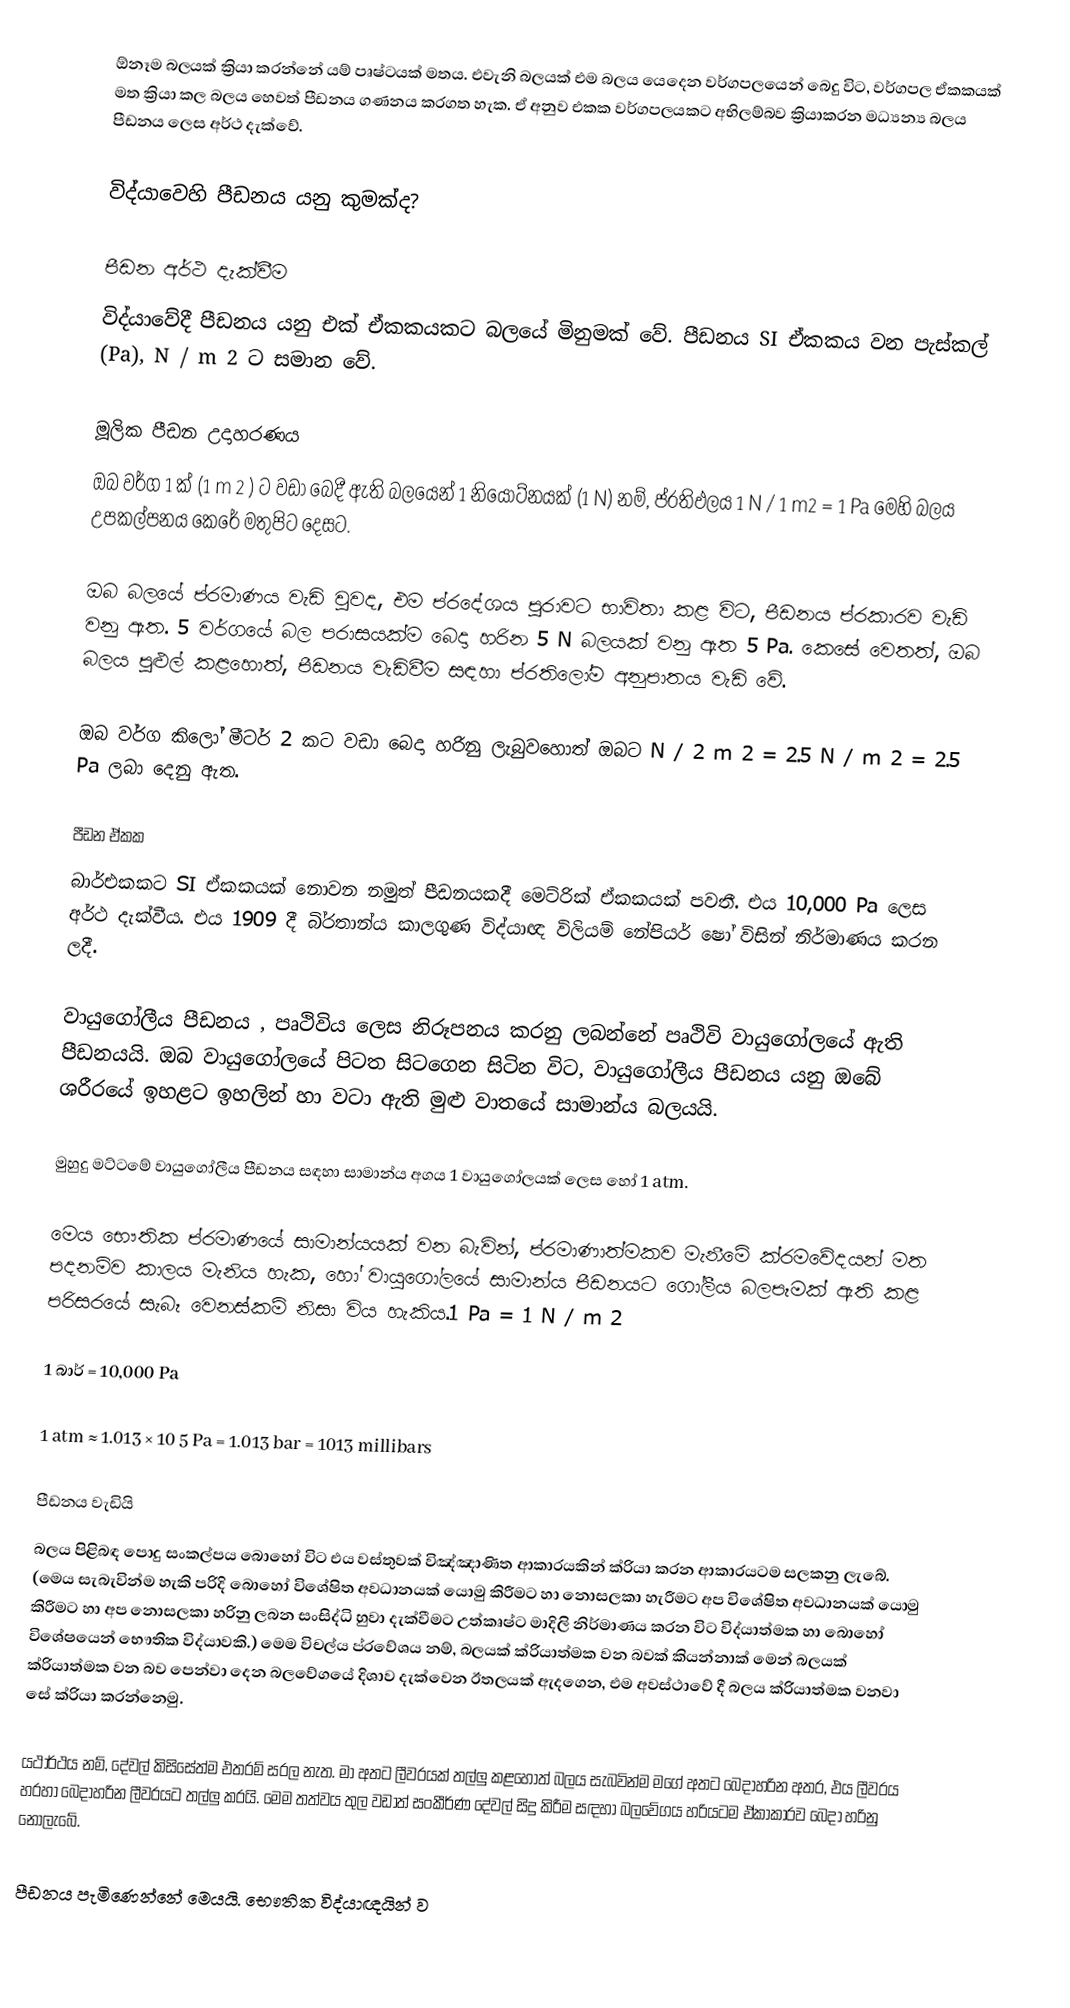
ඕනෑම බලයක් ක්‍රියා කරන්නේ යම් පෘෂ්ටයක් මතය. එවැනි බලයක් එම බලය යෙදෙන වර්ගපලයෙන් බෙදු විට, වර්ගපල ඒකකයක් මත ක්‍රියා කල බලය හෙවත් පීඩනය ගණනය කරගත හැක. ඒ අනුව එකක වර්ගපලයකට අභිලම්බව ක්‍රියාකරන මධ්‍යන්‍ය බලය පීඩනය ලෙස අර්ථ දැක්වේ.

විද්යාවෙහි පීඩනය යනු කුමක්ද?

පීඩන අර්ථ දැක්වීම
විද්යාවේදී පීඩනය යනු එක් ඒකකයකට බලයේ මිනුමක් වේ. පීඩනය SI ඒකකය වන පැස්කල් (Pa), N / m 2 ට සමාන වේ.

මූලික පීඩන උදාහරණය
ඔබ වර්ග 1 ක් (1 m 2 ) ට වඩා බෙදී ඇති බලයෙන් 1 නියොට්නයක් (1 N) නම්, ප්රතිඵලය 1 N / 1 m2 = 1 Pa මෙහි බලය උපකල්පනය කෙරේ මතුපිට දෙසට.

ඔබ බලයේ ප්රමාණය වැඩි වුවද, එම ප්රදේශය පුරාවට භාවිතා කළ විට, පීඩනය ප්රකාරව වැඩි වනු ඇත. 5 වර්ගයේ බල පරාසයක්ම බෙදා හරින 5 N බලයක් වනු ඇත 5 Pa. කෙසේ වෙතත්, ඔබ බලය පුළුල් කළහොත්, පීඩනය වැඩිවීම සඳහා ප්රතිලෝම අනුපාතය වැඩි වේ.

ඔබ වර්ග කිලෝ මීටර් 2 කට වඩා බෙදා හරිනු ලැබුවහොත් ඔබට N / 2 m 2 = 2.5 N / m 2 = 2.5 Pa ලබා දෙනු ඇත.

පීඩන ඒකක
බාර්එකකට SI ඒකකයක් නොවන නමුත් පීඩනයකදී මෙට්රික් ඒකකයක් පවතී. එය 10,000 Pa ලෙස අර්ථ දැක්වීය. එය 1909 දී බි්රතාන්ය කාලගුණ විද්යාඥ විලියම් නේපියර් ෂෝ විසින් නිර්මාණය කරන ලදී.

වායුගෝලීය පීඩනය , පෘථිවිය ලෙස නිරූපනය කරනු ලබන්නේ පෘථිවි වායුගෝලයේ ඇති පීඩනයයි. ඔබ වායුගෝලයේ පිටත සිටගෙන සිටින විට, වායුගෝලීය පීඩනය යනු ඔබේ ශරීරයේ ඉහළට ඉහලින් හා වටා ඇති මුළු වාතයේ සාමාන්ය බලයයි.

මුහුදු මට්ටමේ වායුගෝලීය පීඩනය සඳහා සාමාන්ය අගය 1 වායුගෝලයක් ලෙස හෝ 1 atm.

මෙය භෞතික ප්රමාණයේ සාමාන්යයක් වන බැවින්, ප්රමාණාත්මකව මැනීමේ ක්රමවේදයන් මත පදනම්ව කාලය මැනිය හැක, හෝ වායුගෝලයේ සාමාන්ය පීඩනයට ගෝලීය බලපෑමක් ඇති කළ පරිසරයේ සැබෑ වෙනස්කම් නිසා විය හැකිය.1 Pa = 1 N / m 2

1 බාර් = 10,000 Pa

1 atm ≈ 1.013 × 10 5 Pa = 1.013 bar = 1013 millibars

පීඩනය වැඩියි
බලය පිළිබඳ පොදු සංකල්පය බොහෝ විට එය වස්තුවක් විඤ්ඤාණිත ආකාරයකින් ක්රියා කරන ආකාරයටම සලකනු ලැබේ. (මෙය සැබැවින්ම හැකි පරිදි බොහෝ විශේෂිත අවධානයක් යොමු කිරීමට හා නොසලකා හැරීමට අප විශේෂිත අවධානයක් යොමු කිරීමට හා අප නොසලකා හරිනු ලබන සංසිද්ධි හුවා දැක්වීමට උත්කෘෂ්ට මාදිලි නිර්මාණය කරන විට විද්යාත්මක හා බොහෝ විශේෂයෙන් භෞතික විද්යාවකි.) මෙම විචල්ය ප්රවේශය නම්, බලයක් ක්රියාත්මක වන බවක් කියන්නාක් මෙන් බලයක් ක්රියාත්මක වන බව පෙන්වා දෙන බලවේගයේ දිශාව දැක්වෙන ඊතලයක් ඇදගෙන, එම අවස්ථාවේ දී බලය ක්රියාත්මක වනවා සේ ක්රියා කරන්නෙමු.

යථාර්ථය නම්, දේවල් කිසිසේත්ම එතරම් සරල නැත. මා අතට ලීවරයක් තල්ලු කළහොත් බලය සැබවින්ම මගේ අතට බෙදාහරින අතර, එය ලීවරය හරහා බෙදාහරින ලීවරයට තල්ලු කරයි. මෙම තත්වය තුල වඩාත් සංකීර්ණ දේවල් සිදු කිරීම සඳහා බලවේගය හරියටම ඒකාකාරව බෙදා හරිනු නොලැබේ.

පීඩනය පැමිණෙන්නේ මෙයයි. භෞතික විද්යාඥයින් ව